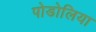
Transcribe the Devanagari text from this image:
पोडोलिया